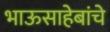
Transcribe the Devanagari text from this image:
भाऊसाहेबांचे